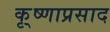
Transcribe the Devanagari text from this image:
कृ्ष्णाप्रसाद